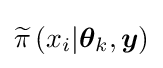
{\widetilde {\pi }}\left(x_{i}|{\boldsymbol {\theta }}_{k},{\boldsymbol {y}}\right)